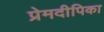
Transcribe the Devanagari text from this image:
प्रेमदीपिका